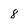
Character: 8